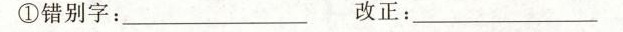
①错别字：___ 改正：___